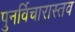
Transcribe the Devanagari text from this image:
पुनर्विचारास्तव